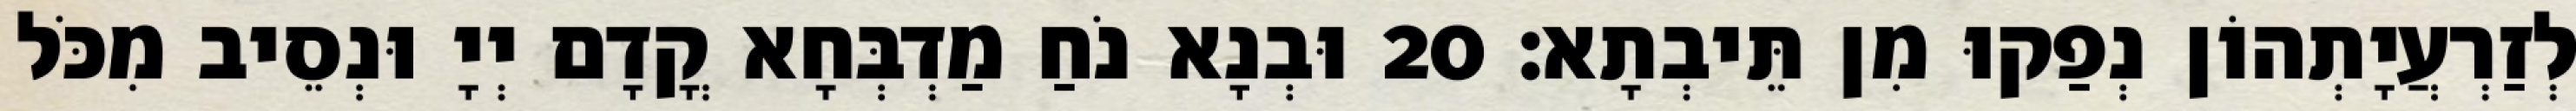
לְזַרְעֲיָתְהוֹן נְפַקוּ מִן תֵּיבְתָא׃ 20 וּבְנָא נֹחַ מַדְבְּחָא קֳדָם יְיָ וּנְסֵיב מִכֹּל